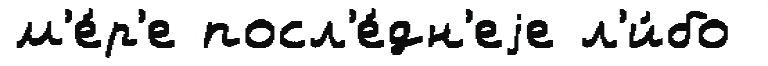
м'е́р'е посл'е́дн'еjе л'и́бо